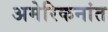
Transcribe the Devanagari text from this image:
अमेरिकनांत